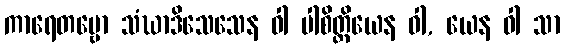
ကာရေတဗ္ဗော သံဃာဒိသေသေန ဝါ ပါစိတ္တိယေန ဝါ, ယေန ဝါ သာ